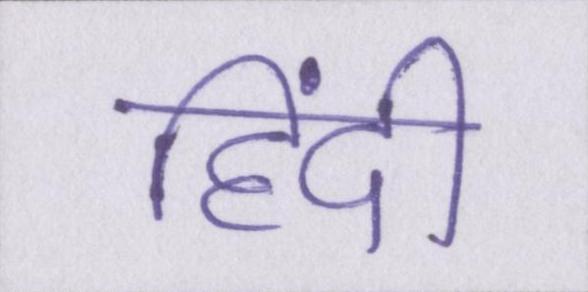
हिंदी